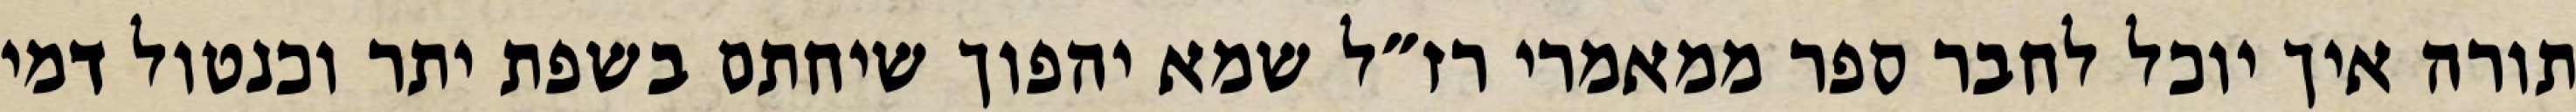
תורה איך יוכל לחבר ספר ממאמרי רז״ל שמא יהפוך שיחתם בשפת יתר וכנטול דמי